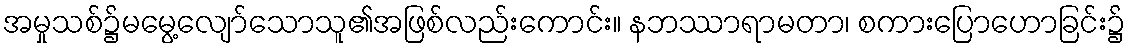
အမှုသစ်၌မမွေ့လျော်သောသူ၏အဖြစ်လည်းကောင်း။ နဘဿာရာမတာ၊ စကားပြောဟောခြင်း၌